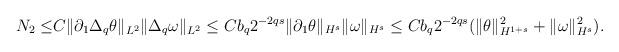
LaTeX: \begin{align*}N_2\leq &C\|\partial_1\Delta_q\theta\|_{L^2}\|\Delta_q\omega\|_{L^2}\leq Cb_q2^{-2qs}\|\partial_1\theta\|_{H^s}\|\omega\|_{H^s}\leq Cb_q2^{-2qs}(\|\theta\|_{H^{1+s}}^2+\|\omega\|_{H^s}^2).\end{align*}